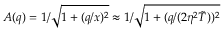
A ( q ) = 1 / \sqrt { 1 + ( q / x ) ^ { 2 } } \approx 1 / \sqrt { 1 + ( q / ( 2 \eta ^ { 2 } \tilde { T } ) ) ^ { 2 } }